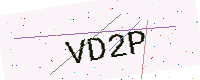
Text: VD2P